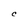
Character: C